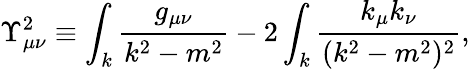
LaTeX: \Upsilon_{\mu\nu}^{2}\equiv\int_{k}\frac{g_{\mu\nu}}{k^{2}-m^{2}}-2\int_{k}\frac{k_{\mu}k_{\nu}}{(k^{2}-m^{2})^{2}},